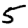
Digit: 5